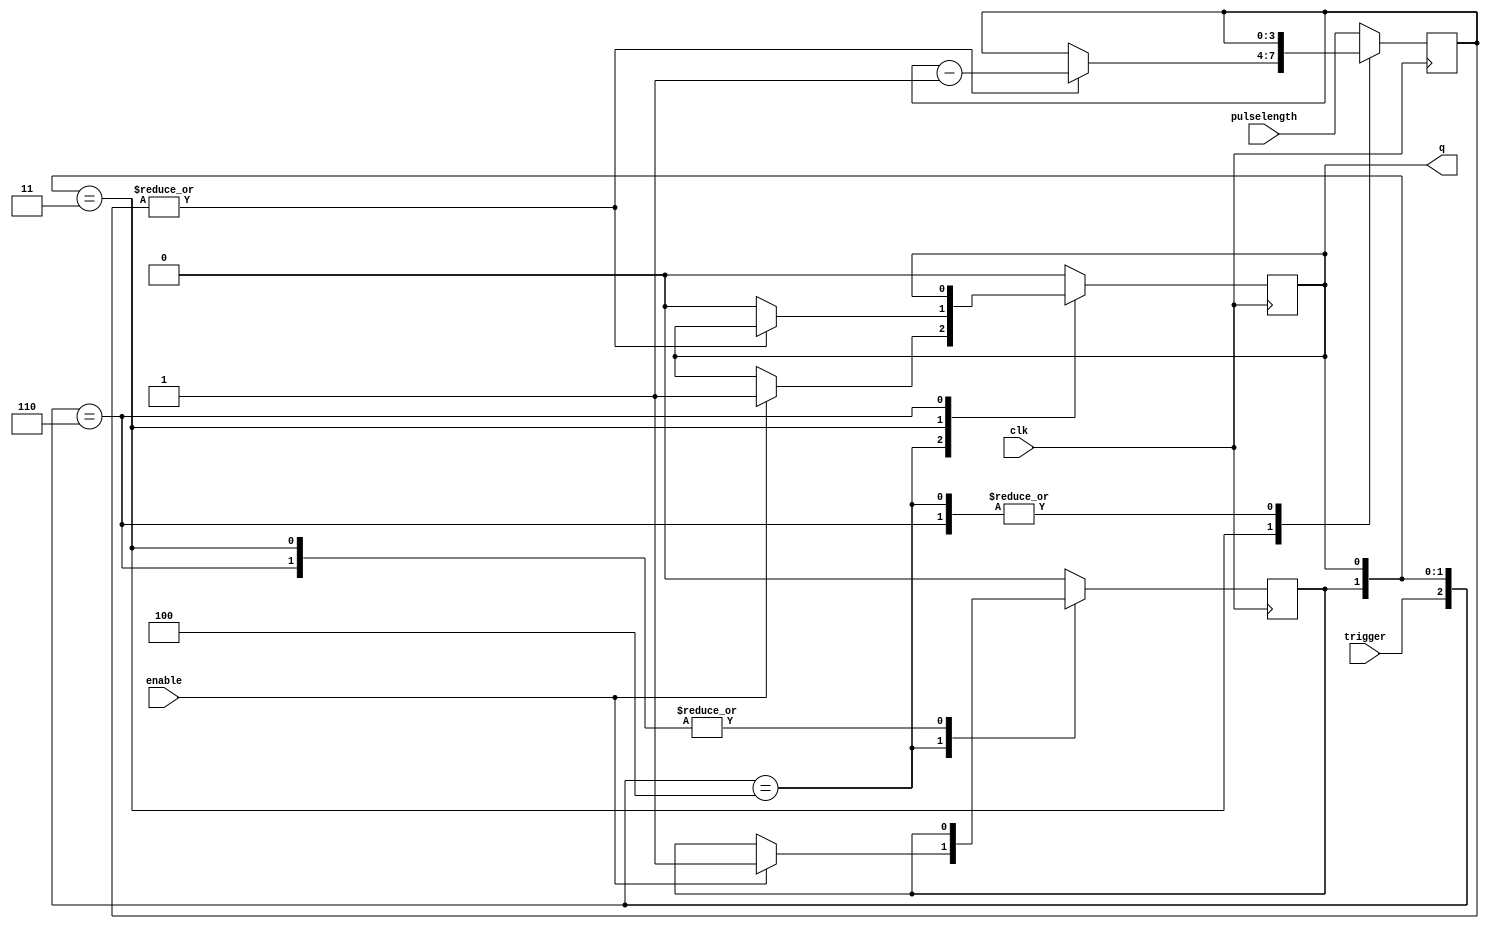
module clk_timed_monoflop(
	input wire clk,
	input wire trigger,
	input wire [PulseLengthWidth-1:0] pulselength, 
	input wire enable,
	output reg q=0
    );
parameter PulseLengthWidth = 4;

reg triggered = 0;
reg [PulseLengthWidth-1:0] countdown = 0;

always @(posedge clk) begin
		casez ({ trigger, triggered, q})
			default: begin
				triggered <= 1'b0;
				q <= 1'b0;
				countdown <= pulselength;
			end
			3'b100: begin // trigger, not triggered, not q
				if (enable) begin
					triggered <= 1'b1;
					q <= 1'b1;
				end
			end
			3'b?11: begin // trigger, triggered, q
				if( |countdown ) begin
					countdown <= countdown - 1'b1;
				end else begin
					q <= 1'b0;
				end
			end
			3'b110: begin // trigger, triggered, not q
			end
		endcase
end

endmodule